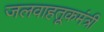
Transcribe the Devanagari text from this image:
जलवाहतूकमंत्री